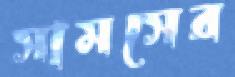
সামসের